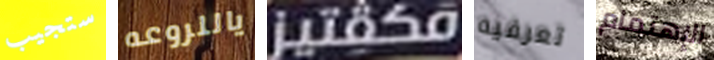
ستجيب ياللروعه مكفتيز تعرفيه الإهتمام